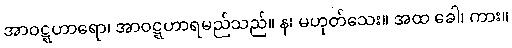
အာဝဋ္ဋဟာရော၊ အာဝဋ္ဋဟာရမည်သည်။ န၊ မဟုတ်သေး။ အထ ခေါ၊ ကား။